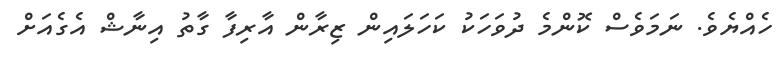
ހެއްޔެވެ. ނަމަވެސް ކޮންމެ ދުވަހަކު ކަހަލައިން ޒިރާން އާރިފާ ގާތު އިނާޝް އެގެއަށް